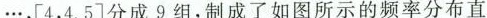
···，[4，4.5]分成9组，制成了如图所示的频率分布直